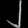
Digit: ၂